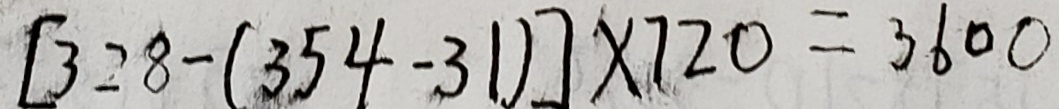
[ 3 2 8 - ( 3 5 4 - 3 1 ) ] \times 7 2 0 = 3 6 0 0